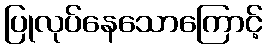
ပြုလုပ်နေသောကြောင့်